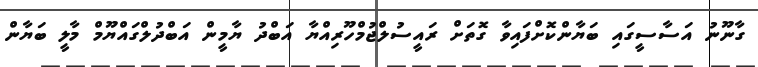
ގާނޫނު އަސާސީގައި ބަޔާންކޮށްފައިވާ ގޮތަށް ރައީސުލްޖުމްހޫރިއްޔާ އަބްދު ޔާމީން އަބްދުލްގައްޔޫމް މާލީ ބަޔާން